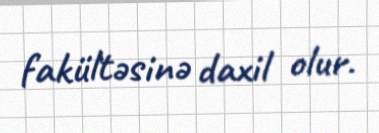
fakültəsinə daxil olur.